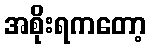
အစိုးရကတော့